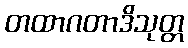
တထာဂတာဒိသုတ္တ